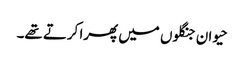
حیوان جنگلوں میں پھرا کرتے تھے۔